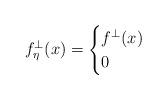
LaTeX: \begin{align*} f^\perp_\eta(x)=\begin{cases}f^\perp(x)&\\ 0 & \end{cases}\end{align*}